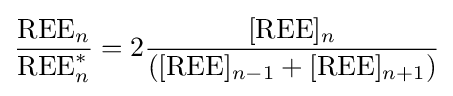
{\frac {{\text{REE}}_{n}}{{\text{REE}}_{n}^{*}}}=2{\frac {[{\text{REE}}]_{n}}{([{\text{REE}}]_{n-1}+[{\text{REE}}]_{n+1})}}